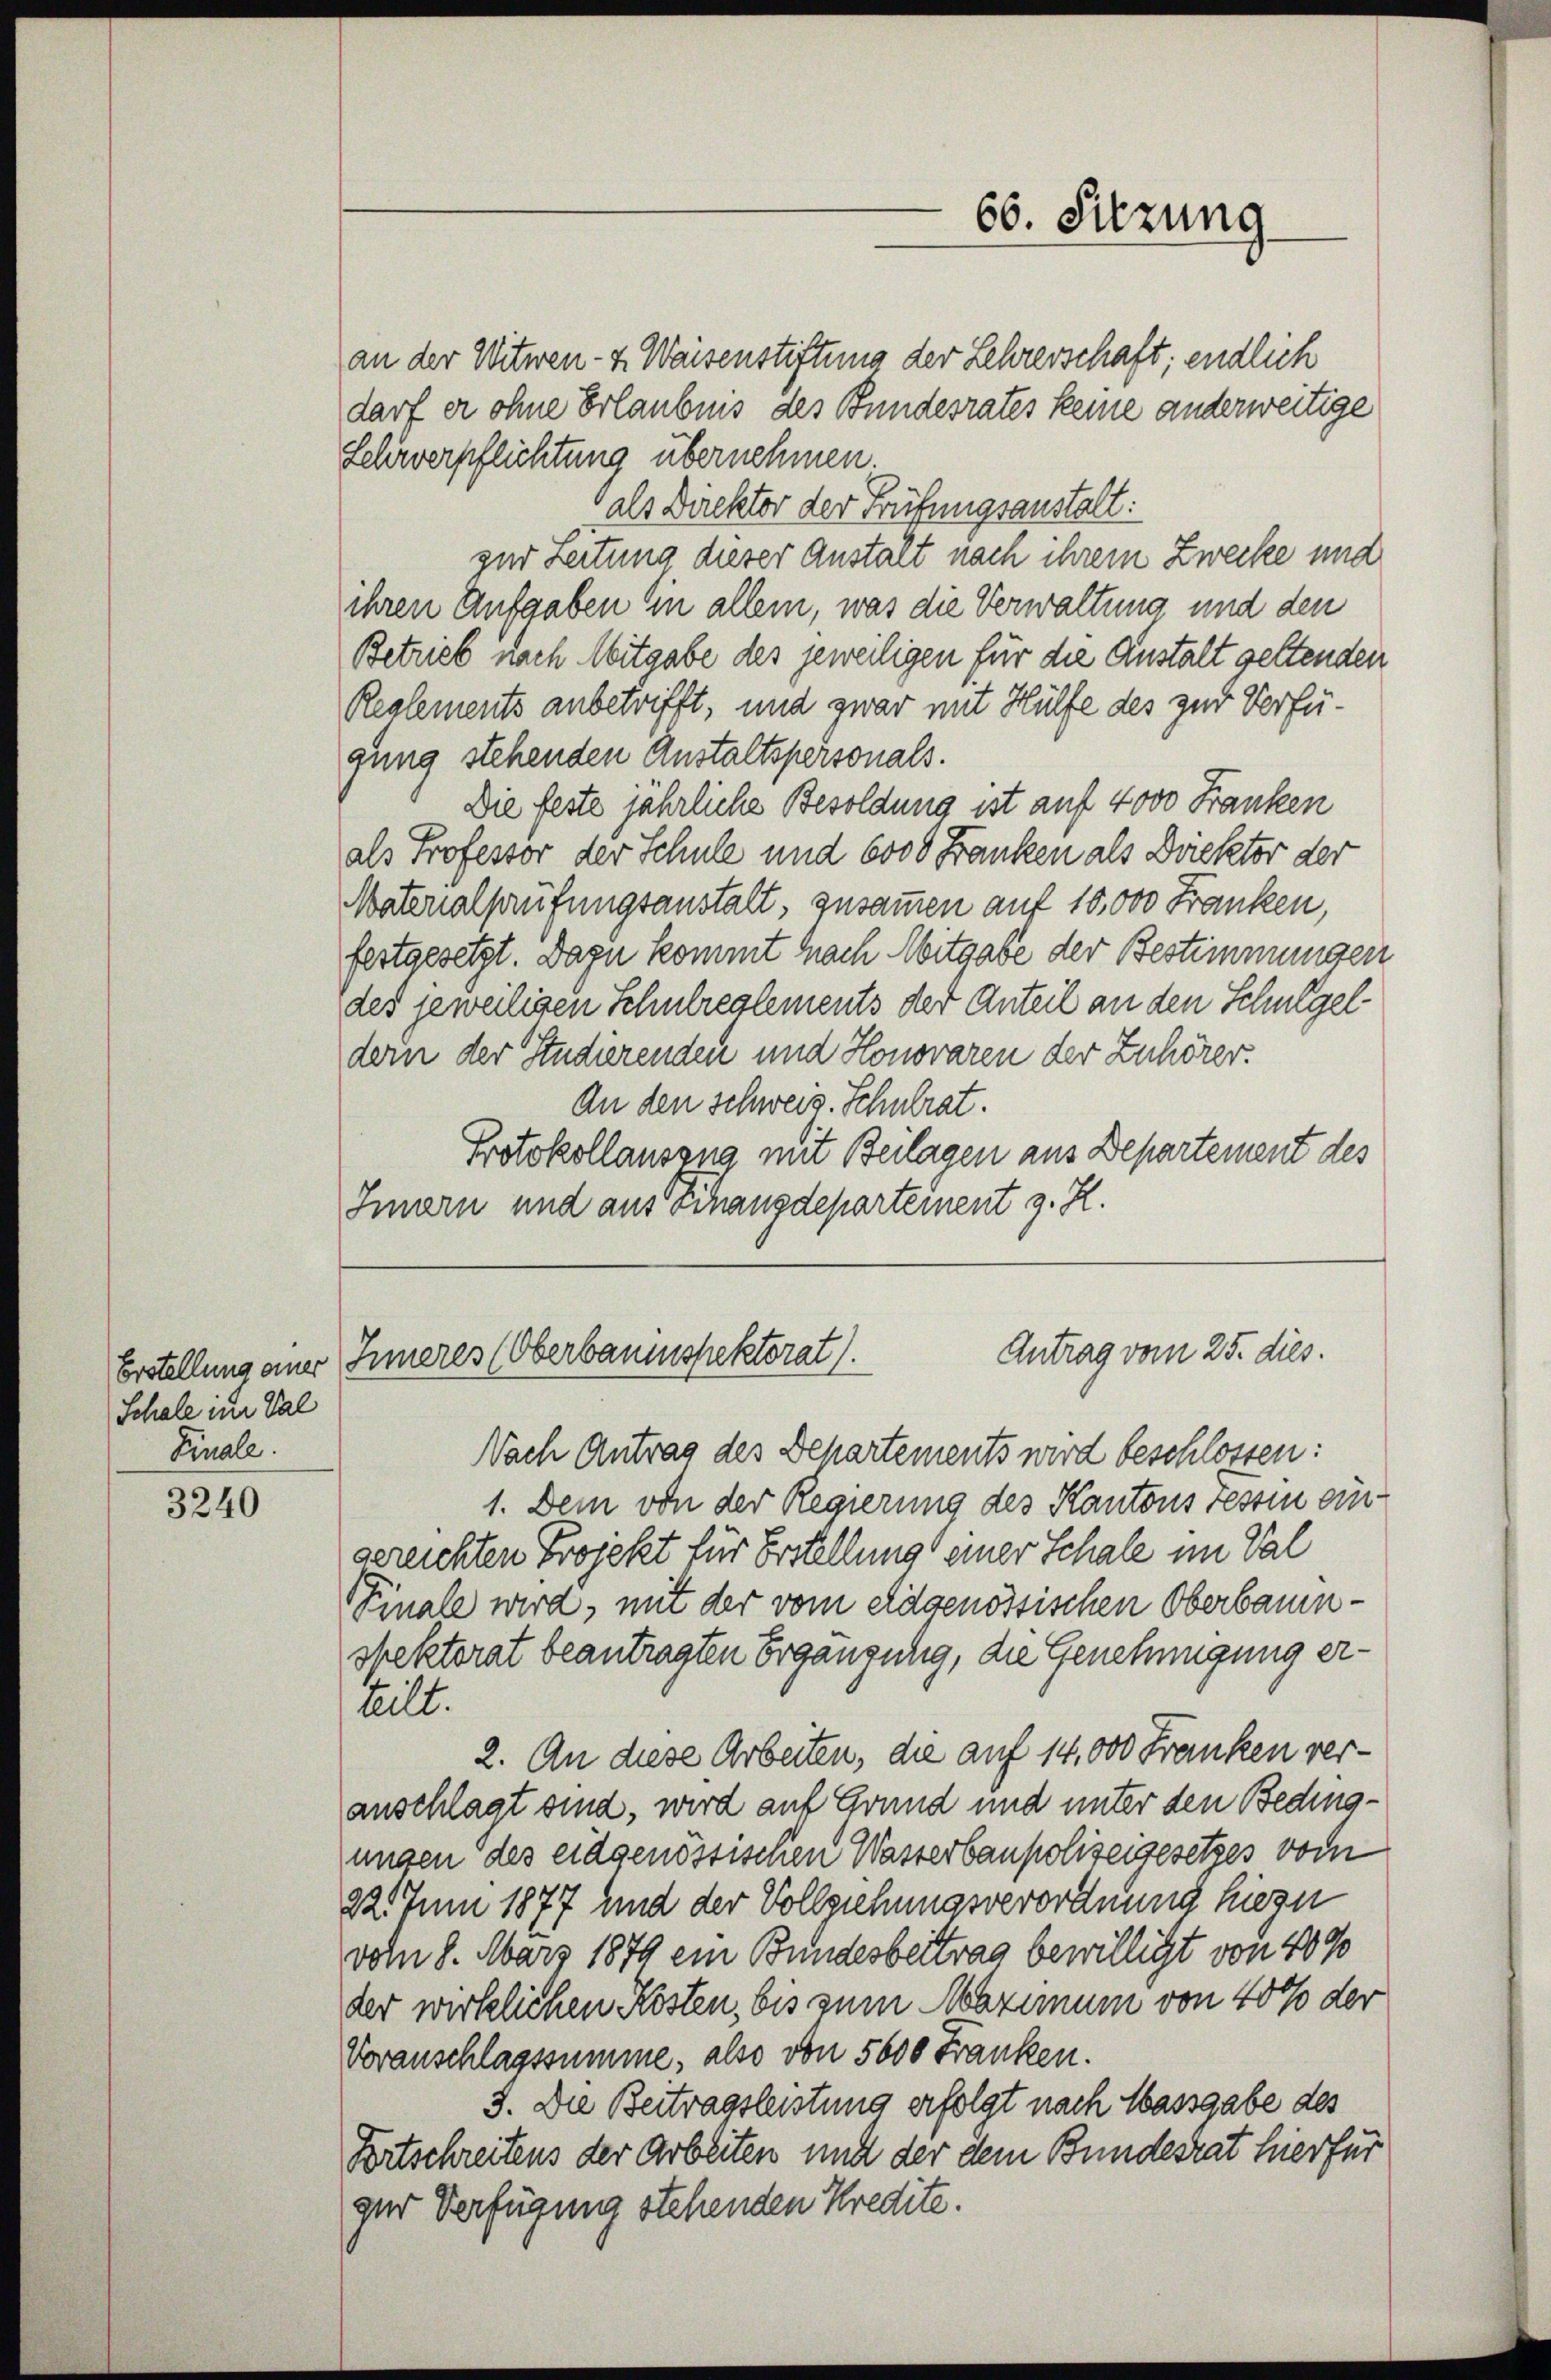
Schale in Val
Finale.

3240

an der Witwen- & Waisenstiftung der Lehrerschaft; endlich
darf er ohne Erlaubnis des Bundesrates keine anderweitige
Lehrverpflichtung übernehmen.
als Direktor der Prüfungsanstalt:
zur Leitung dieser Anstalt nach ihrem Zwecke und
ihren Aufgaben ein allem, was die Verwaltung und den
Betrieb nach Mitgabe des jeweiligen für die Anstalt geltenden
Reglements anbetrifft, und zwar mit Hülfe des zur Verfügung stehenden Anstaltspersonals.
Die feste jährliche Besoldung ist auf 4000 Franken
als Professor der Schule und 6000 Franken als Direktor der
Materialprüfungsanstalt, zusammen auf 10,000 Franken,
festgesetzt. Dazu kommt nach Mitgabe der Bestimmungen
des jeweiligen Schulreglements der Anteil an den Schulgel-
dern der Studierenden und Honoraren der Zuhörer.
An den Schweig. Schulrat.
Protokollausung mit Beilagen aus Departement des
Imarn und aus Schangdeparteinent z. R.

Nach Antrag des Behartements wird beschlossen:
1. Dem von der Regierung des Kantons Tessin ein
gereichten Projekt für Erstellung einer Schale im Sal
Finale wird, mit der vom eidgenössischen Oberbauenspektorat beantragten Ergängung, die Genehmigung erteilt.
2. An diese Arbeiten, die auf 14,000 Franken veranschlagt sind, wird auf Grund und unter den Bedingungen des eidgenössischen Wasserbaupolizeigesetzes vom
22. Juni 1877 und der Vollziehungsverordnung hiezu
vom 8. März 1879 ein Bundesbeitrag bewilligt von 40%
der wirklichen Kosten, bis zum Maximum von 40% der
Voranschlagssumme, also von 5600 Franken.
3. Die Beitragsleistung erfolgt nach Massgabe des
Fortschreitens der Arbeiten und der dem Bundesrat hierfür
gar Verfügung stehenden Kredite.

66. Sitzung

Antrag vom 25. dies.
Erstellung aner Inneres (Oberbauenspektorat.